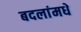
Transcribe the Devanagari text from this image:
बदलांमधे